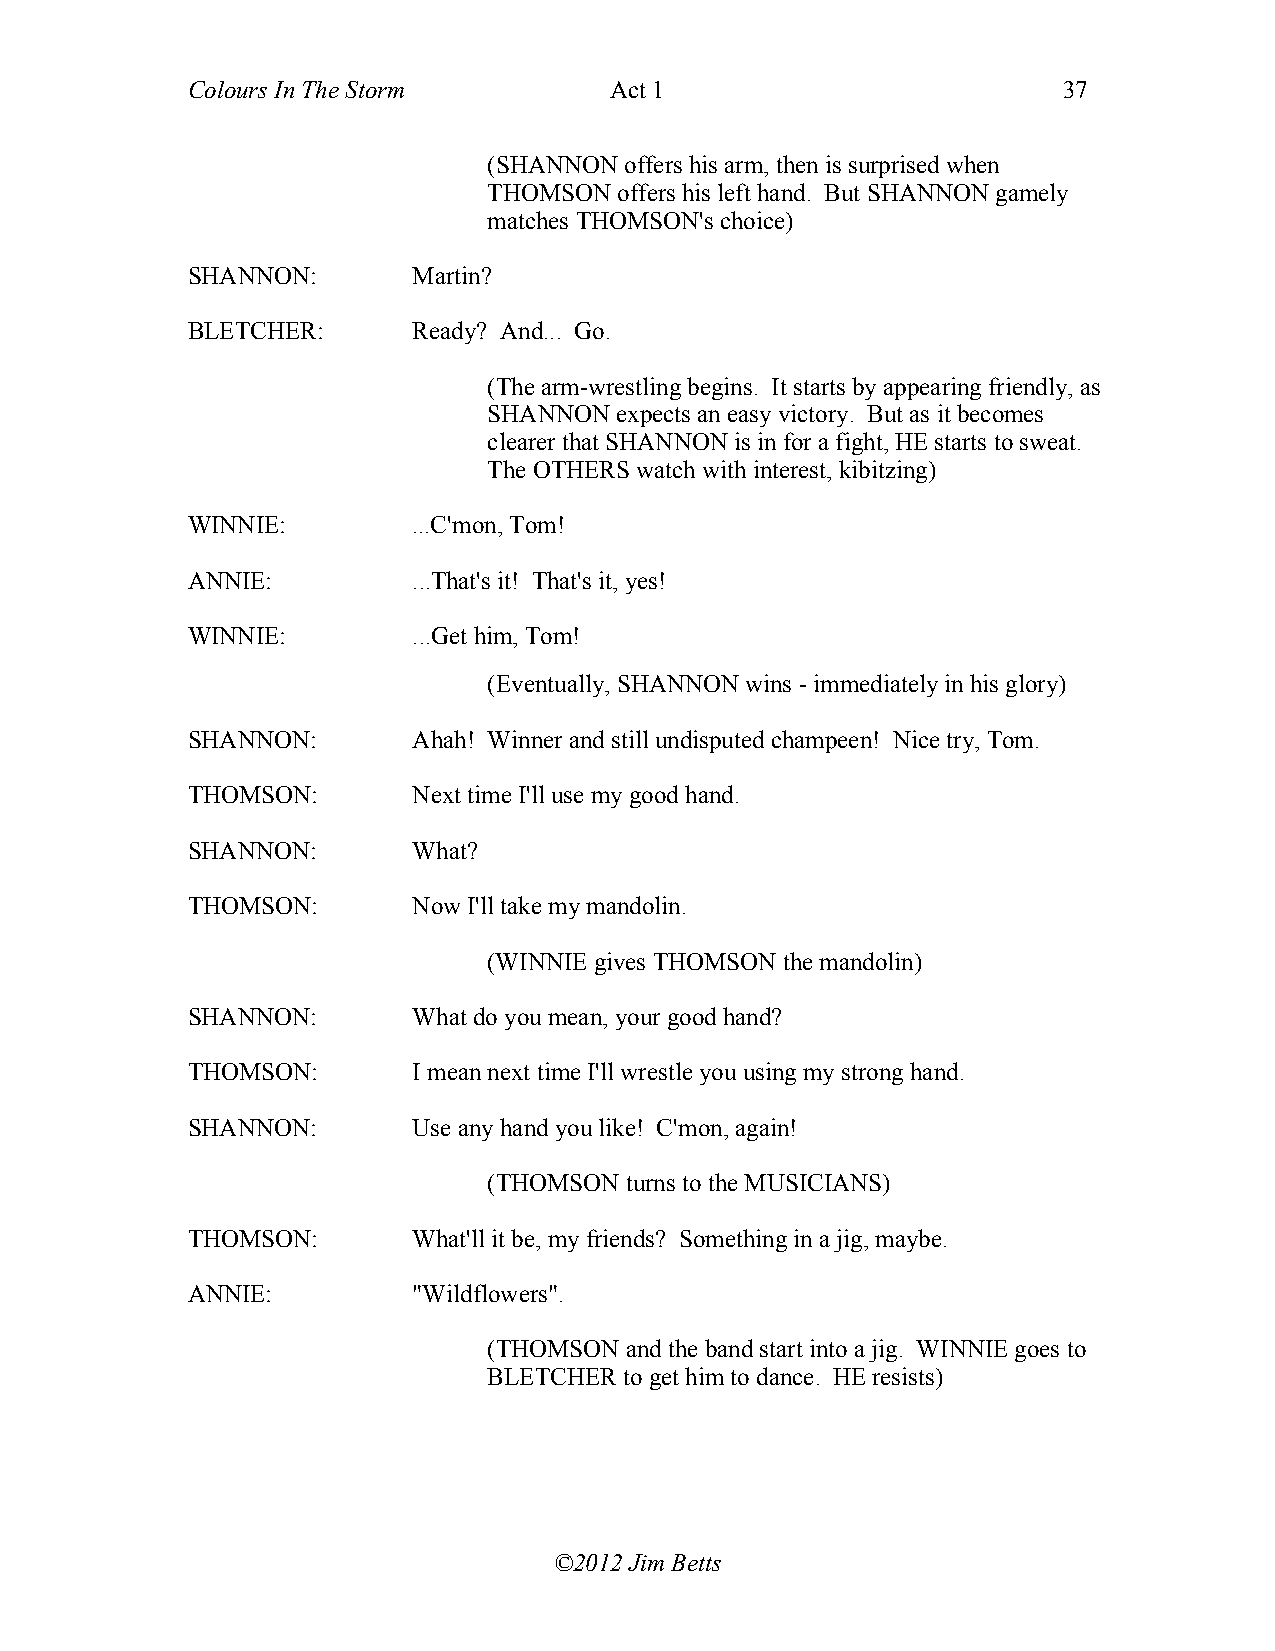
Colours In The Storm        Act 1                         37
 (SHANNON offers his arm, then is surprised when
 THOMSON  offers his left hand. But SHANNON gamely
 matches THOMSON's choice)
 SHANNON:       Martin?
 BLETCHER:      Ready? And... Go.
 (The arm-wrestling begins. It starts by appearing friendly, as
 SHANNON  expects an easy victory. But as it becomes
 clearer that SHANNON is in for a fight, HE starts to sweat.
 The OTHERS watch with interest, kibitzing)
 WINNIE:        ...C'mon, Tom!
 ANNIE:         ...That's it! That's it, yes!
 WINNIE:        ...Get him, Tom!
 (Eventually, SHANNON wins - immediately in his glory)
 SHANNON:       Ahah! Winner and still undisputed champeen! Nice try, Tom.
 THOMSON:       Next time I'll use my good hand.
 SHANNON:       What?
 THOMSON:       Now I'll take my mandolin.
 (WINNIE gives THOMSON the mandolin)
 SHANNON:       What do you mean, your good hand?
 THOMSON:       I mean next time I'll wrestle you using my strong hand.
 SHANNON:       Use any hand you like! C'mon, again!
 (THOMSON turns to the MUSICIANS)
 THOMSON:       What'll it be, my friends? Something in a jig, maybe.
 ANNIE:         "Wildflowers".
 (THOMSON and the band start into a jig. WINNIE goes to
 BLETCHER to get him to dance. HE resists)
 ©2012 Jim Betts